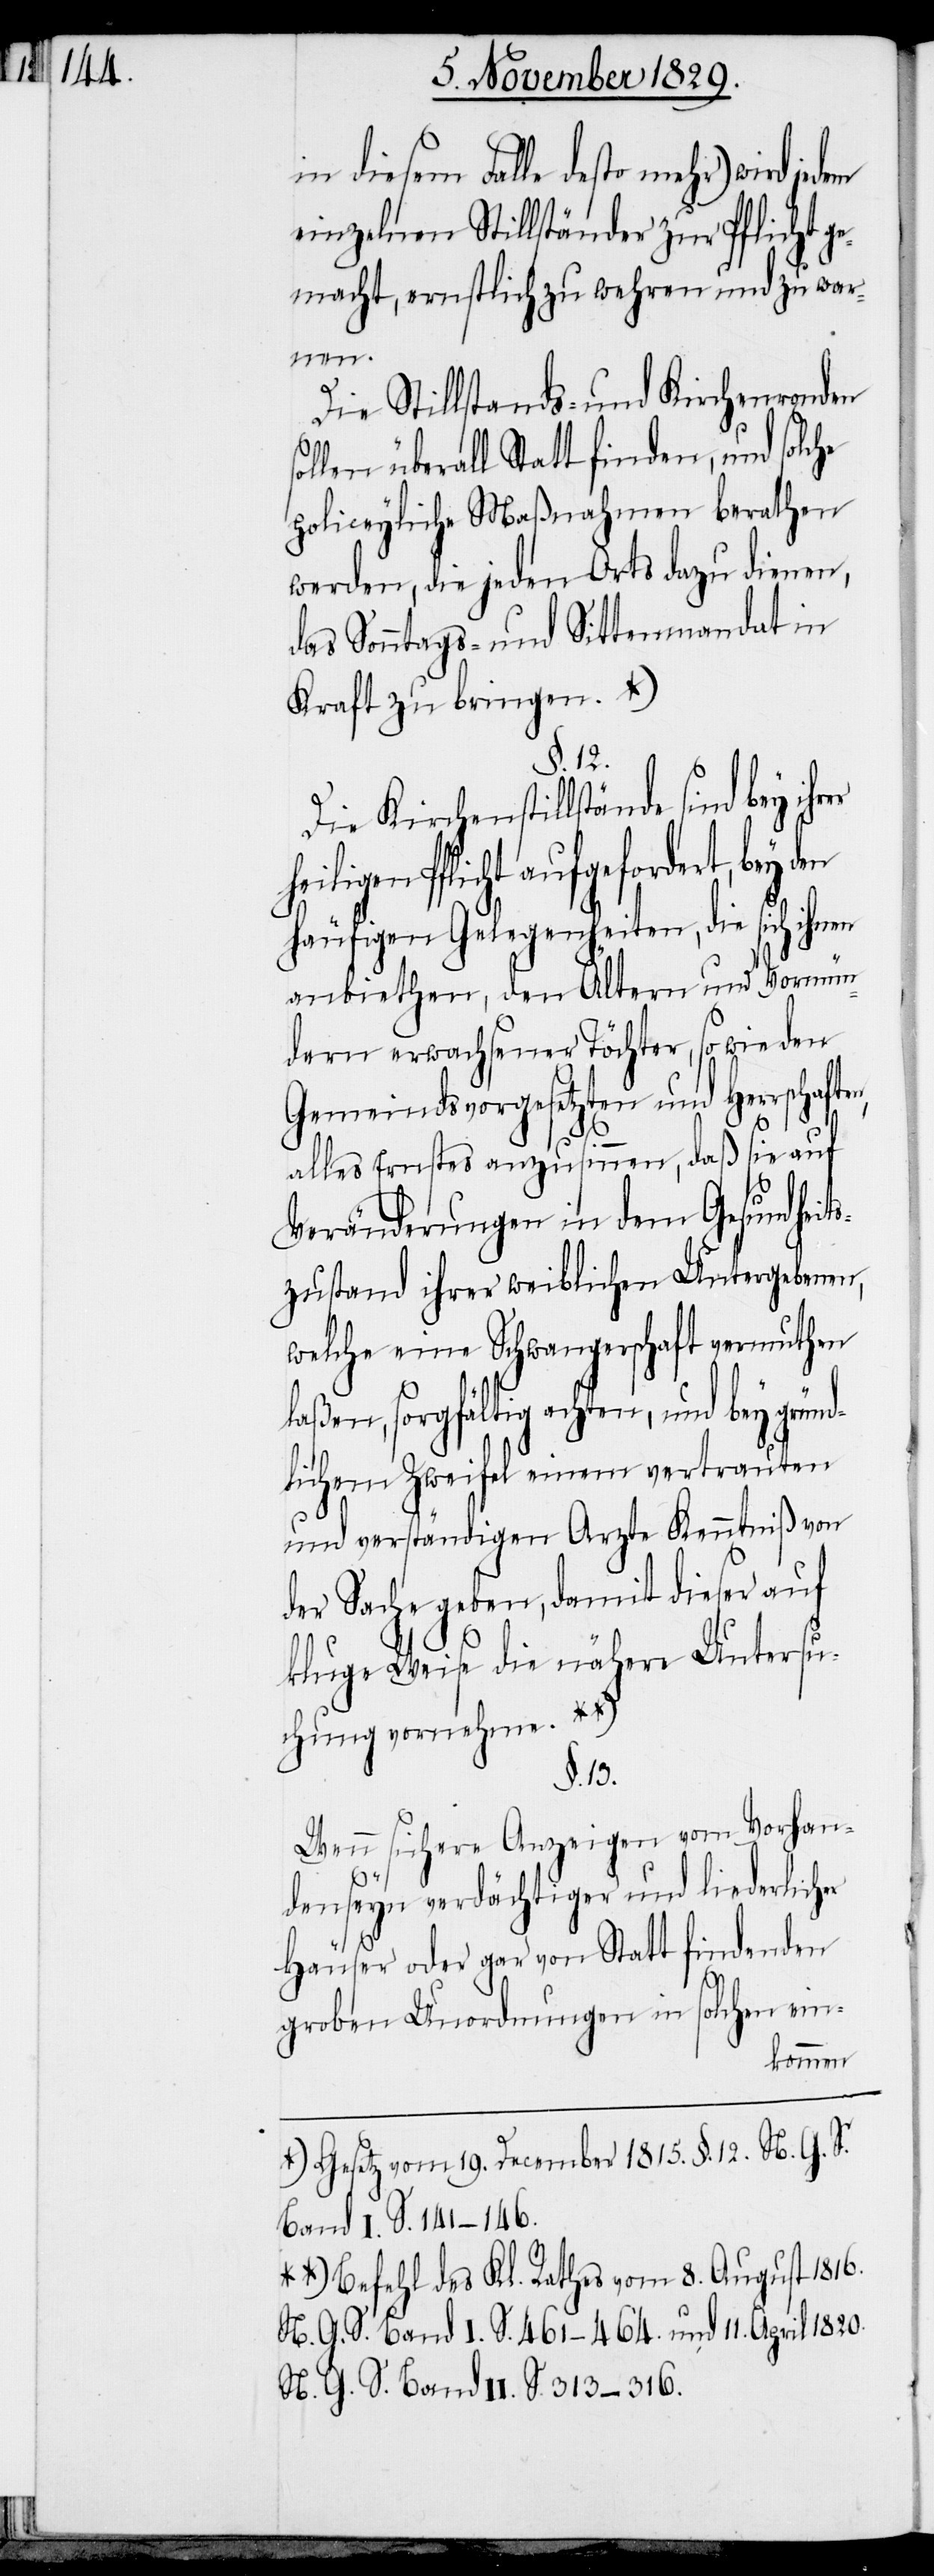
in diesem Falle desto mehr) wird
einzelnen Stillständer zur Pflicht ge¬
macht, ernstlich zu wahren und zu war¬
en,
Die Stillstands- und Kirchenronden
überall Statt finden, und solche
policeyliche Maßnamen berathen
werden, die jeden Orts dazu dienen,
das Sonntags- und Sittenmandat in
Kraft zu bringen.
§.12.
Die Kirchenstillstände sind bey ihr¬
Pflicht aufgefordert, bey
häufigen Gelegenheiten, die sich ihnen
anbiethen, den Ältern und Vormün¬
dern erwachsener Töchter, so wie den
Gemeindsvorgesetzten und Herrschaft¬
alles Ernstes anzusinnen, daß sie auf
Veränderungen in dem Gesundheits¬
zustand ihrer weiblichen Untergebenen,
welche eine Schwangerschaft vermuthen
laßen, sorgfältig achten, und bey grün¬
dlichem Zweifel einem vertrauten
und verständigen Arzte Kenntniß von
der Sache geben, damit dieser auf
kluge Weise die nähere Untersu¬
chung vornehme.
§. 13.
Wenn sichere Anzeigen vom Vorhan¬
denseyn verdächtiger und liederlicher
Häuser oder gar von Statt findenden
groben Unordnungen in solchen ein-
a-Gesetz vom 19. December 1815. §. 12. N. G. S.
Band I S. 114–146.-a
a-Befehl des Kl. Rathes vom 8. August 1816.
N. G. S. Band I S. 461–464. und 11. April 1820.
N. G. S. Band II S. 313–316.-a